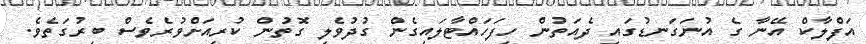
އަފްލާކް އޭނާ ގެ އުނަގަނޑުގައި ދެއަތުން ހިފަހައްޓާލައިގެން ގުދުވެލި ގޮތުން ކުރިއަށްވުރެވެސް ބިރުގަތެވެ.